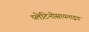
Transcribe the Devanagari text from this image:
प्लेटिनोसायनाइड